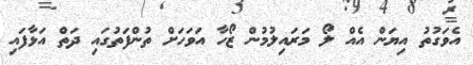
އެވަގުތު އިޔަން އެއް ލޯ މަރައިލުމުން ޒޯހާ އަވަހަށް ތުންފަތުގައި ދަތް އަޅާފައި